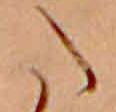
た